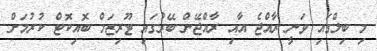
މި ބިލްގައި ވަނީ ރާއްޖެ އާއި ރާއްޖޭން ބޭރުގައި ޓޫރިޒަމް ބޮއިކޮޓް ކުރުމަށް